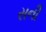
સની